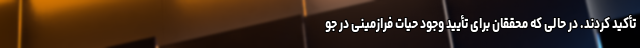
تأکید کردند. در حالی که محققان برای تأیید وجود حیات فرازمینی در جو